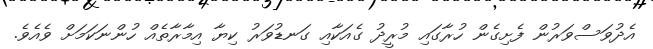
އެދުވަސްވަރުން ފެށިގެން ހުރާގައި މުރީދު ގެއަކާއި ގަނޑުވަރު ކިޔާ އިމާރާތެއް ހުންނަކަމަށް ވެއެވެ.